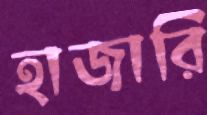
হাজারি